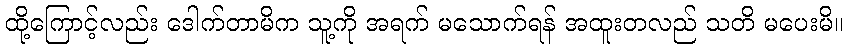
ထို့ကြောင့်လည်း ဒေါက်တာမိက သူ့ကို အရက် မသောက်ရန် အထူးတလည် သတိ မပေးမိ။